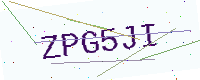
Text: ZPG5JI